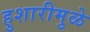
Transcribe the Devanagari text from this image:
हुशारीमुळे